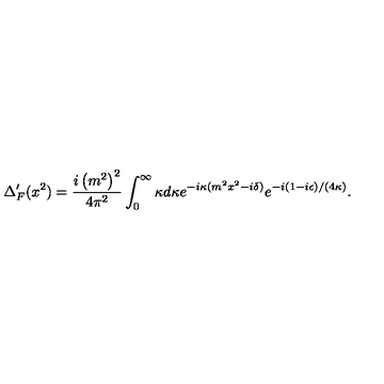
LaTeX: \Delta _ { F } ^ { \prime } ( x ^ { 2 } ) = { \frac { i \left( m ^ { 2 } \right) ^ { 2 } } { 4 \pi ^ { 2 } } } \int _ { 0 } ^ { \infty } \kappa d \kappa e ^ { - i \kappa ( m ^ { 2 } x ^ { 2 } - i \delta ) } e ^ { - i ( 1 - i \epsilon ) / ( 4 \kappa ) } .